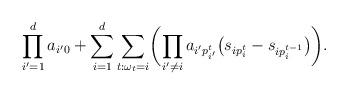
LaTeX: \begin{align*}\prod_{i'=1}^da_{i'0} + \sum_{i=1}^d\sum_{t:\omega_t=i}\biggl(\prod_{i'\neq i}a_{i'p^t_{i'}}\bigl(s_{ip^t_i} - s_{ip^{t-1}_{i}}\bigr)\biggr). \end{align*}